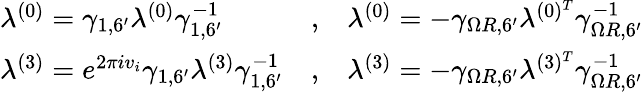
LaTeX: \begin{array}{lcl}{{\lambda^{(0)}=\gamma_{1,6^{\prime}}\lambda^{(0)}\gamma_{1,6^{\prime}}^{-1}}}&{{,}}&{{\lambda^{(0)}=-\gamma_{\Omega R,6^{\prime}}\lambda^{(0)^{T}}\gamma_{\Omega R,6^{\prime}}^{-1}}}\\ {{\lambda^{(3)}=e^{2\pi iv_{i}}\gamma_{1,6^{\prime}}\lambda^{(3)}\gamma_{1,6^{\prime}}^{-1}}}&{{,}}&{{\lambda^{(3)}=-\gamma_{\Omega R,6^{\prime}}\lambda^{(3)^{T}}\gamma_{\Omega R,6^{\prime}}^{-1}}}\end{array}